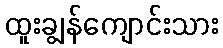
ထူးချွန်ကျောင်းသား